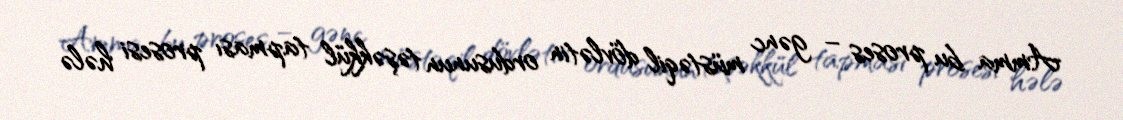
Amma bu proses – gənc müstəqil dövlətin ordusunun təşəkkül tapması prosesi hələ